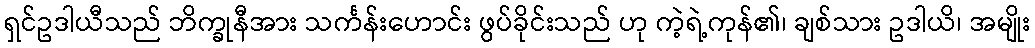
ရှင်ဥဒါယီသည် ဘိက္ခုနီအား သင်္ကန်းဟောင်း ဖွပ်ခိုင်းသည် ဟု ကဲ့ရဲ့ကုန်၏၊ ချစ်သား ဥဒါယိ၊ အမျိုး